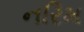
નરિમ